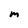
Character: m